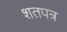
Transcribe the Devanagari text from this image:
शतपत्र